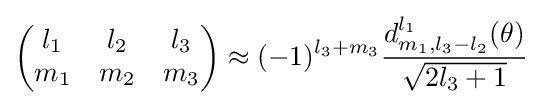
{\begin{pmatrix}l_{1}&l_{2}&l_{3}\\m_{1}&m_{2}&m_{3}\end{pmatrix}}\approx (-1)^{l_{3}+m_{3}}{\frac {d_{m_{1},l_{3}-l_{2}}^{l_{1}}(\theta )}{\sqrt {2l_{3}+1}}}